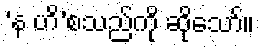
‘န ဟိ’စသည်ကို ဆိုသော်။